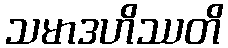
သမာဒဟိဿတိ